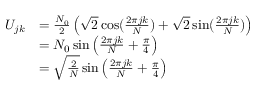
\begin{array} { r l } { U _ { j k } } & { = \frac { N _ { 0 } } { 2 } \left( \sqrt { 2 } \cos ( \frac { 2 \pi j k } { N } ) + \sqrt { 2 } \sin ( \frac { 2 \pi j k } { N } ) \right) } \\ & { = N _ { 0 } \sin \left( \frac { 2 \pi j k } { N } + \frac { \pi } { 4 } \right) } \\ & { = \sqrt { \frac { 2 } { N } } \sin \left( \frac { 2 \pi j k } { N } + \frac { \pi } { 4 } \right) } \end{array}